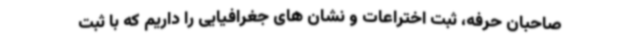
صاحبان حرفه، ثبت اختراعات و نشان های جغرافیایی را داریم که با ثبت